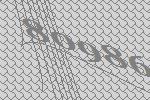
80986